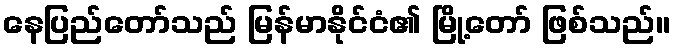
နေပြည်တော်သည် မြန်မာနိုင်ငံ၏ မြို့တော် ဖြစ်သည်။